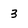
Character: 3